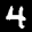
Label: 4